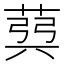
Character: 𦳪